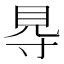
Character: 䙷